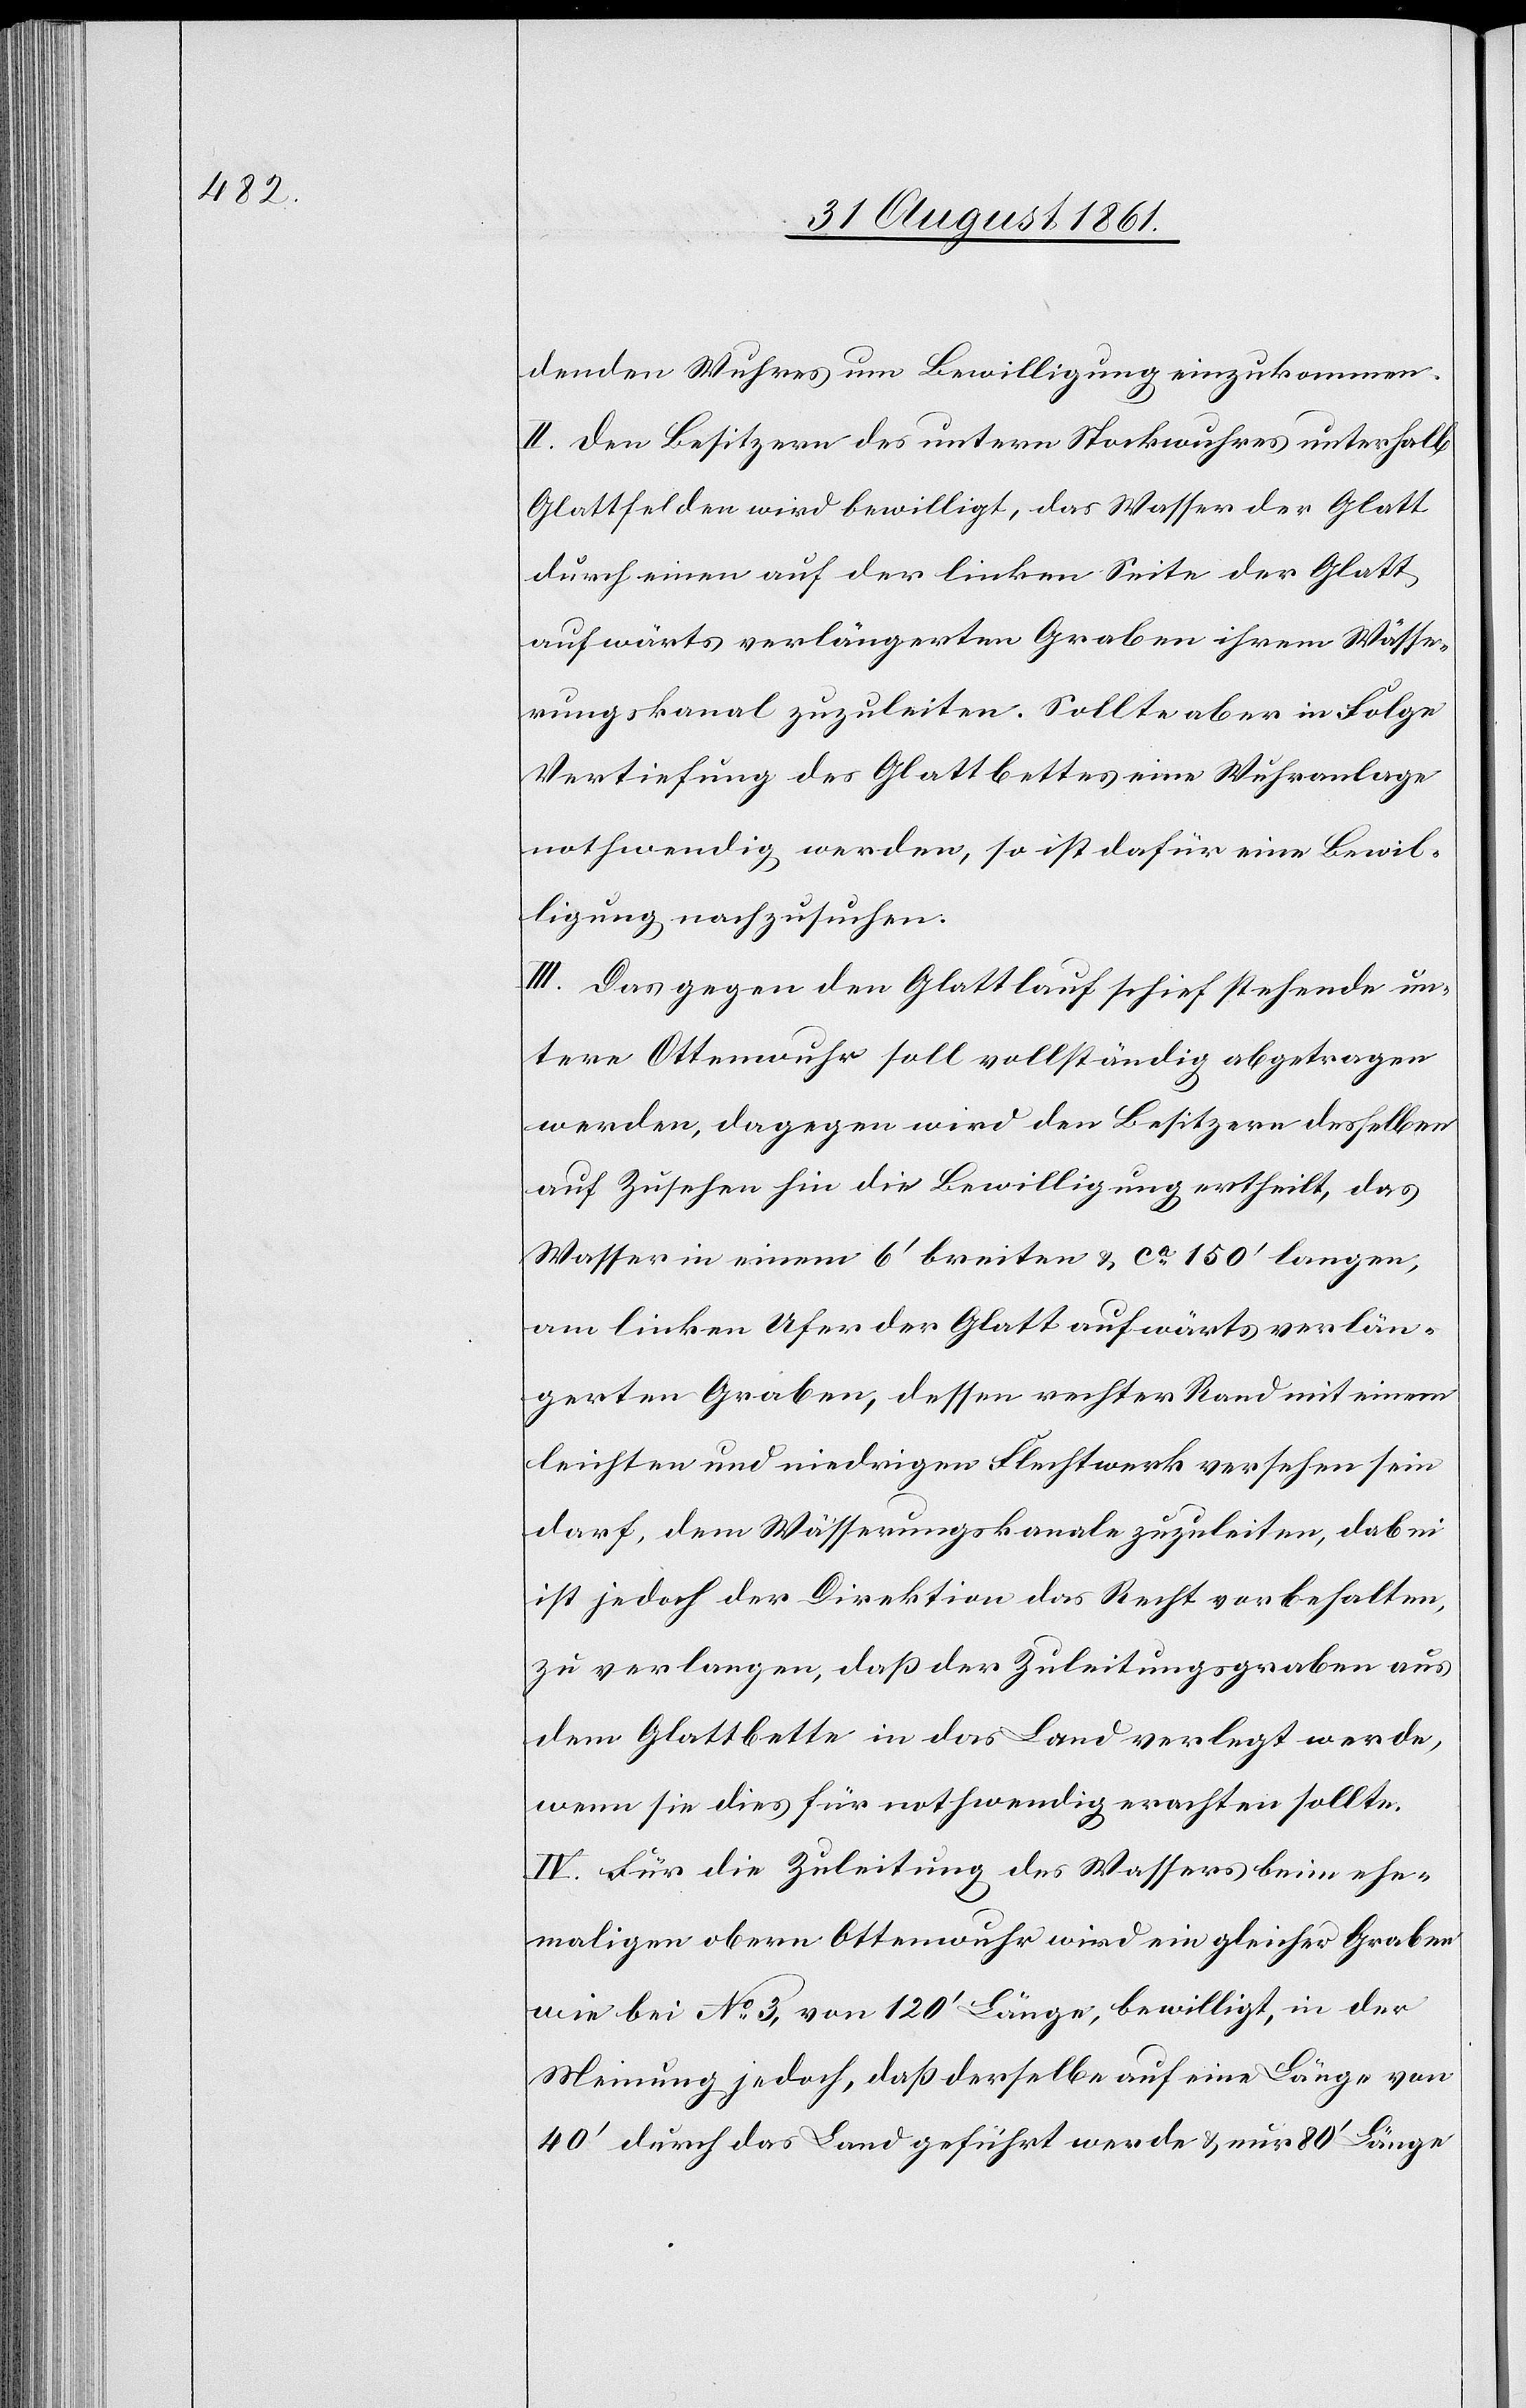
denden Wuhres um Bewilligung einzukommen.
II. Den Besitzern des untern Stockwuhres unterhalb
Glattfelden wird bewilligt, das Wasser der Glatt
durch einen auf der linken Seite der Glatt
aufwärts verlängerten Graben ihrem Wässe¬
rungskanal zuzuleiten. Sollte aber in Folge
Vertiefung des Glattbettes eine Wuhranlage
nothwendig werden, so ist dafür eine Bewil¬
ligung nachzusuchen.
III. Das gegen den Glattlauf schief stehende un¬
tere Ottenwuhr soll vollständig abgetragen
werden, dagegen wird den Besitzern desselben
auf Zusehen hin die Bewilligung ertheilt, das
Wasser in einem 6’ breiten ca 150’ langen,
am linken Ufer der Glatt aufwärts verlän¬
gerten Graben, dessen rechter Rand mit einem
leichten und niedrigen Fluchtwerk versehen sein
darf, dem Wässerungskanale zuzuleiten, dabei
ist jedoch der Direktion das Recht vorbehalten,
zu verlangen, daß der Zuleitungsgraben aus
dem Glattbette in das Land verlegt werde,
wenn sie dies für nothwendig erachten sollte.
IV. Für die Zuleitung des Wassers beim ehe¬
maligen obern Ottenwuhr wird ein gleicher Graben
wie bei N° 3, von 120’ Länge, bewilligt, in der
Meinung jedoch, daß derselbe auf eine Länge von
40’ durch das Land geführt werde u. nur 80’ Länge